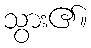
သွား၏။